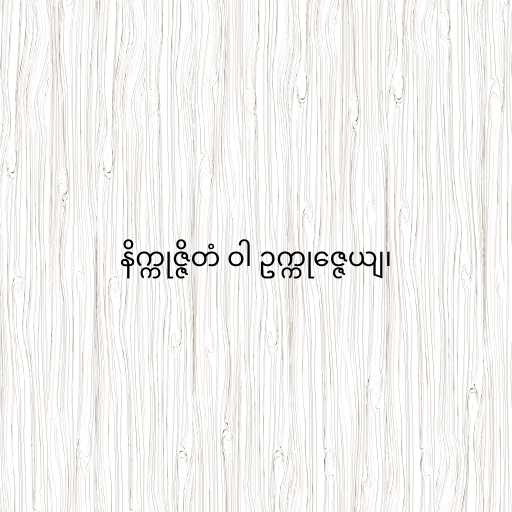
နိက္ကုဇ္ဇိတံ ဝါ ဥက္ကုဇ္ဇေယျ၊